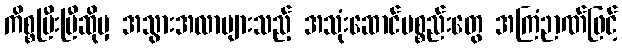
ကိစ္စပြီးပြီဆိုမှ အသွားအလာများသည့် အသုံးဆောင်ပစ္စည်းတွေ အကြံဉာဏ်ဖြင့်